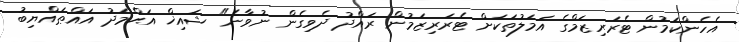
އެހެންކަމުން ޓެރަރިޒަމްގެ އަމަލުތަކަށް ޓެރަރިޒަމުން ރައްދު ދެވިގެން ނުވާނެ" ޝައިޚް އަޙްމަދު އައްޠައްޔިބު